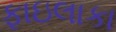
ફાઇલાકા